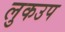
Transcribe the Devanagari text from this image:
लुकउप